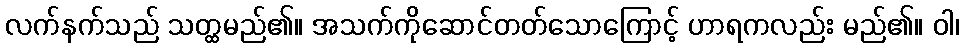
လက်နက်သည် သတ္ထမည်၏။ အသက်ကိုဆောင်တတ်သောကြောင့် ဟာရကလည်း မည်၏။ ဝါ၊